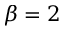
\boldsymbol \beta = 2